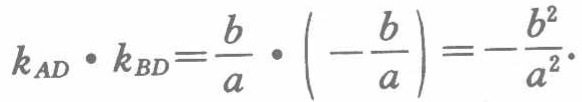
\(k_{AD}\cdot k_{BD}=\frac{b}{a}\cdot\left(-\frac{b}{a}\right)=-\frac{b^{2}}{a^{2}}.\)